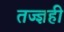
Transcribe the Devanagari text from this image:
तज्ज्ञही